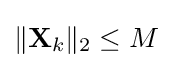
\Vert \mathbf {X} _{k}\Vert _{2}\leq M